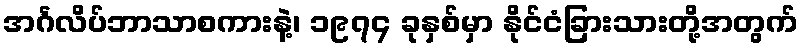
အင်္ဂလိပ်ဘာသာစကားနဲ့၊ ၁၉၇၄ ခုနှစ်မှာ နိုင်ငံခြားသားတို့အတွက်